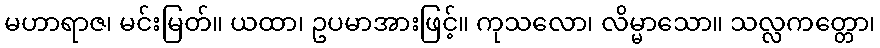
မဟာရာဇ၊ မင်းမြတ်။ ယထာ၊ ဥပမာအားဖြင့်။ ကုသလော၊ လိမ္မာသော။ သလ္လကတ္တော၊